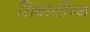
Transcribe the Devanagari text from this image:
सिक्स्टीन्थ